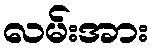
လမ်းအား